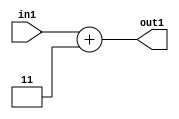
`timescale 1ps / 1ps
/*****************************************************************************
    Verilog RTL Description
    
    
    Created by: Stratus DpOpt 2019.1.01 
*******************************************************************************/

module DC_Filter_Add_12U_110_1 (
	in1,
	out1
	); /* architecture "behavioural" */ 
input [11:0] in1;
output [11:0] out1;
wire [11:0] asc001;

assign asc001 = 
	+(in1)
	+(12'B000000000011);

assign out1 = asc001;
endmodule

/* CADENCE  urnwTAo= : u9/ySgnWtBlWxVPRXgAZ4Og= ** DO NOT EDIT THIS LINE ******/